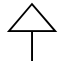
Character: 㐃